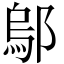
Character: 鄔